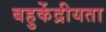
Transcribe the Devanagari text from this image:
बहुकेंद्रीयता